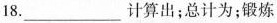
18.___计算出；总计为；锻炼